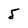
Character: 5